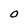
Character: O